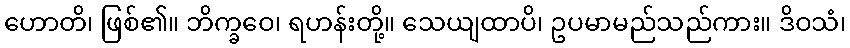
ဟောတိ၊ ဖြစ်၏။ ဘိက္ခဝေ၊ ရဟန်းတို့။ သေယျထာပိ၊ ဥပမာမည်သည်ကား။ ဒိဝသံ၊